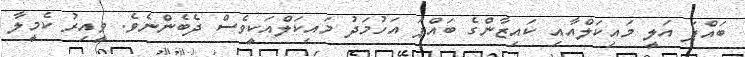
ބައްޕަ އަލީ މައިކަލްއާއި ކައިޒާންގެ ބައްޕަ އަހުމަދު މައިކަލްއަކީވެސް ދެބެންނެވެ. ވީއިރު ކެމީލާ